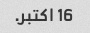
16 اکتبر.